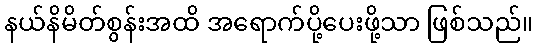
နယ်နိမိတ်စွန်းအထိ အရောက်ပို့ပေးဖို့သာ ဖြစ်သည်။